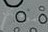
مومباي